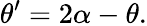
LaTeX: \theta^{\prime}=2\alpha-\theta.